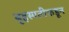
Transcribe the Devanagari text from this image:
बृहस्पतीकडून